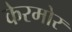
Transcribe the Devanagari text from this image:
केरमोर